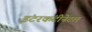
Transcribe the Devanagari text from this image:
इंटरकंटीनेंटल